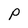
Character: P